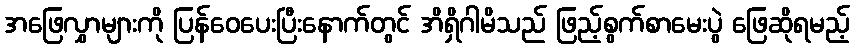
အဖြေလွှာများကို ပြန်ဝေပေးပြီးနောက်တွင် အိရှိဂါမိသည် ဖြည့်စွက်စာမေးပွဲ ဖြေဆိုရမည့်